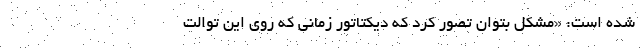
شده است: «مشکل بتوان تصور کرد که دیکتاتور زمانی که روی این توالت